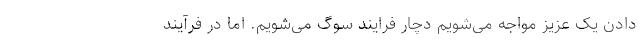
دادن یک عزیز مواجه می‌شویم دچار فرایند سوگ می‌شویم. اما در فرآیند